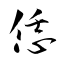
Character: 恁